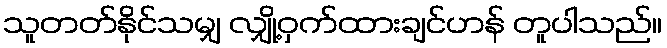
သူတတ်နိုင်သမျှ လျှို့ဝှက်ထားချင်ဟန် တူပါသည်။